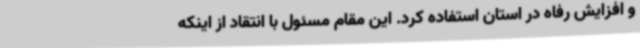
و افزایش رفاه در استان استفاده کرد. این مقام مسئول با انتقاد از اینکه